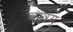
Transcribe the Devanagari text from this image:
वस्त्रम्‌